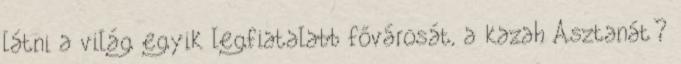
látni a világ egyik legfiatalabb fővárosát, a kazah Asztanát?